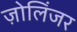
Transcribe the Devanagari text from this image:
ज़ोलिंजर